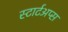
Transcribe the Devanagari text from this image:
स्टार्टअप्स